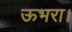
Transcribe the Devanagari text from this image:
ऊभरा।